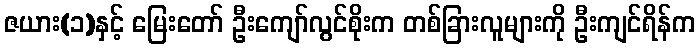
ဇယား(၁)နှင့် မြေးတော် ဦးကျော်လွင်စိုးက တစ်ခြားလူများကို ဦးကျင်ရိန်က